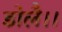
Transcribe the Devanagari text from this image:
डोलै।।